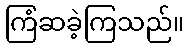
ကြံဆခဲ့ကြသည်။